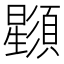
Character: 𣌌